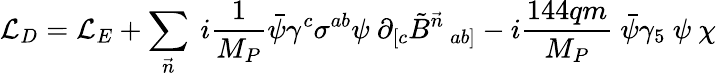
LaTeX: {\cal{L}}_{D}={\cal{L}}_{E}+\sum_{\vec{n}}~i{\frac{1}{M_{P}}}\bar{\psi}\gamma^{c}\sigma^{ab}\psi~\partial_{[c}{\tilde{B}^{\vec{n}}}_{~ab]}-i{\frac{144qm}{M_{P}}}~\bar{\psi}\gamma_{5}~\psi~\chi